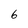
Character: 6